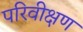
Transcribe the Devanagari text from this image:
परिवीक्षण